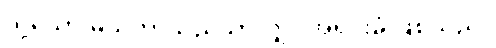
သို့သော် မ္လယ်တာသည်သာလျှင် အရင်းခံ ဖြစ်သည်။